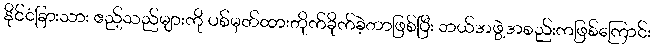
နိုင်ငံခြားသား ဧည့်သည်များကို ပစ်မှတ်ထားတိုက်ခိုက်ခဲ့တာဖြစ်ပြီး ဘယ်အဖွဲ့အစည်းကဖြစ်ကြောင်း